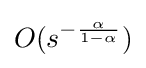
O(s^{-{\frac {\alpha }{1-\alpha }}})